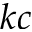
k c